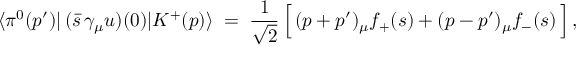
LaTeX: \langle \pi ^ { 0 } ( p ^ { \prime } ) \vert \, ( \bar { s } \, \gamma _ { \mu } u ) ( 0 ) \vert K ^ { + } ( p ) \rangle \; = \; \frac { 1 } { \sqrt { 2 } } \, \Big [ \, ( p + p ^ { \prime } ) _ { \mu } f _ { + } ( s ) + ( p - p ^ { \prime } ) _ { \mu } f _ { - } ( s ) \, \Big ] \, ,